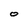
Character: o